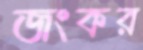
জংকর